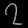
Digit: ၇